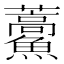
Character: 𮬕